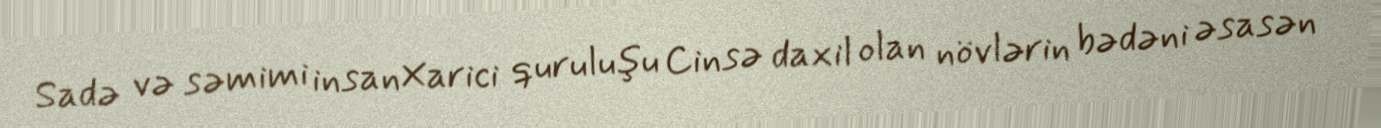
Sadə və səmimi insanXarici quruluşu Cinsə daxil olan növlərin bədəni əsasən